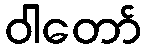
ဝါတော်